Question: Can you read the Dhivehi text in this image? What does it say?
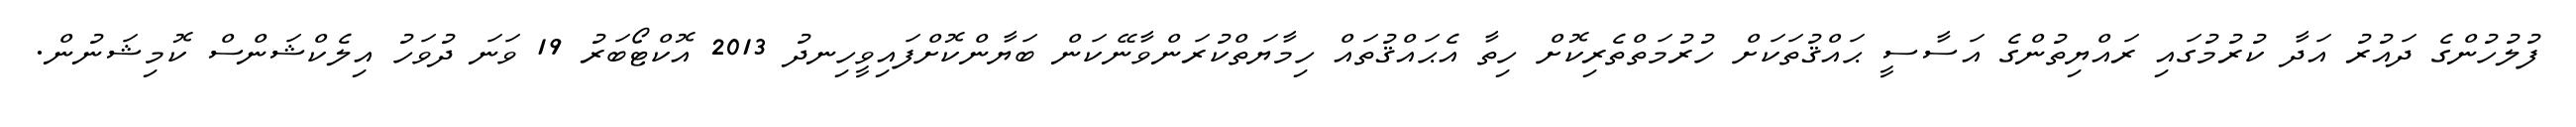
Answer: ފުލުހުންގެ ދައުރު އަދާ ކުރުމުގައި ރައްޔިތުންގެ އަސާސީ ޙައްޤުތަކަށް ހުރުމަތްތެރިކޮށް ހިތާ އެޙައްޤުތައް ހިމާޔަތްކުރަންވާނޭކަން ބަޔާންކޮށްފައިވީހިނދު 2013 އޮކްޓޯބަރު 19 ވަނަ ދުވަހު އިލެކްޝަންސް ކޮމިޝަނުން.